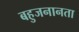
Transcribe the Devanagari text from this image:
बहुजनानता